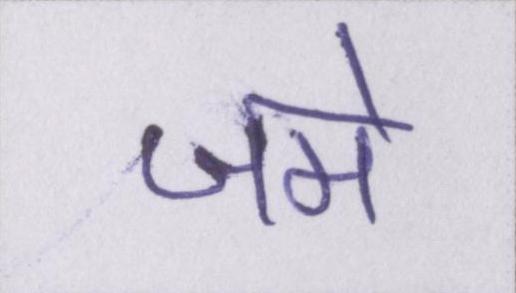
जमे